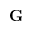
\mathbf { G }